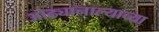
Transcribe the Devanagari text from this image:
ओढ्यानाल्याच्या